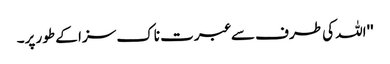
''اللہ کی طرف سے عبرت ناک سزا کے طور پر۔